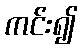
ကင်း၍